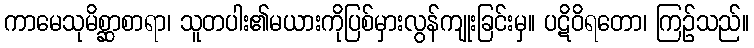
ကာမေသုမိစ္ဆာစာရာ၊ သူတပါး၏မယားကိုပြစ်မှားလွန်ကျုးခြင်းမှ။ ပဋိဝိရတော၊ ကြဉ်သည်။